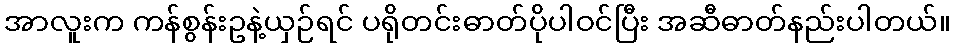
အာလူးက ကန်စွန်းဥနဲ့ယှဉ်ရင် ပရိုတင်းဓာတ်ပိုပါဝင်ပြီး အဆီဓာတ်နည်းပါတယ်။